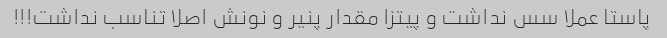
پاستا عملا سس نداشت و پیتزا مقدار پنیر و نونش اصلا تناسب نداشت!!!